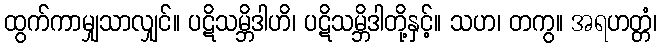
ထွက်ကာမျှသာလျှင်။ ပဋိသမ္ဘိဒါဟိ၊ ပဋိသမ္ဘိဒါတို့နှင့်။ သဟ၊ တကွ။ အရဟတ္တံ၊